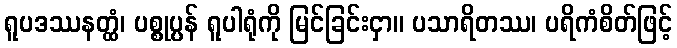
ရူပဒဿနတ္ထံ၊ ပစ္စုပ္ပန် ရူပါရုံကို မြင်ခြင်းငှာ။ ပသာရိတဿ၊ ပရိကံစိတ်ဖြင့်